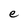
Character: e